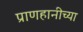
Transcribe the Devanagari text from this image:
प्राणहानीच्या